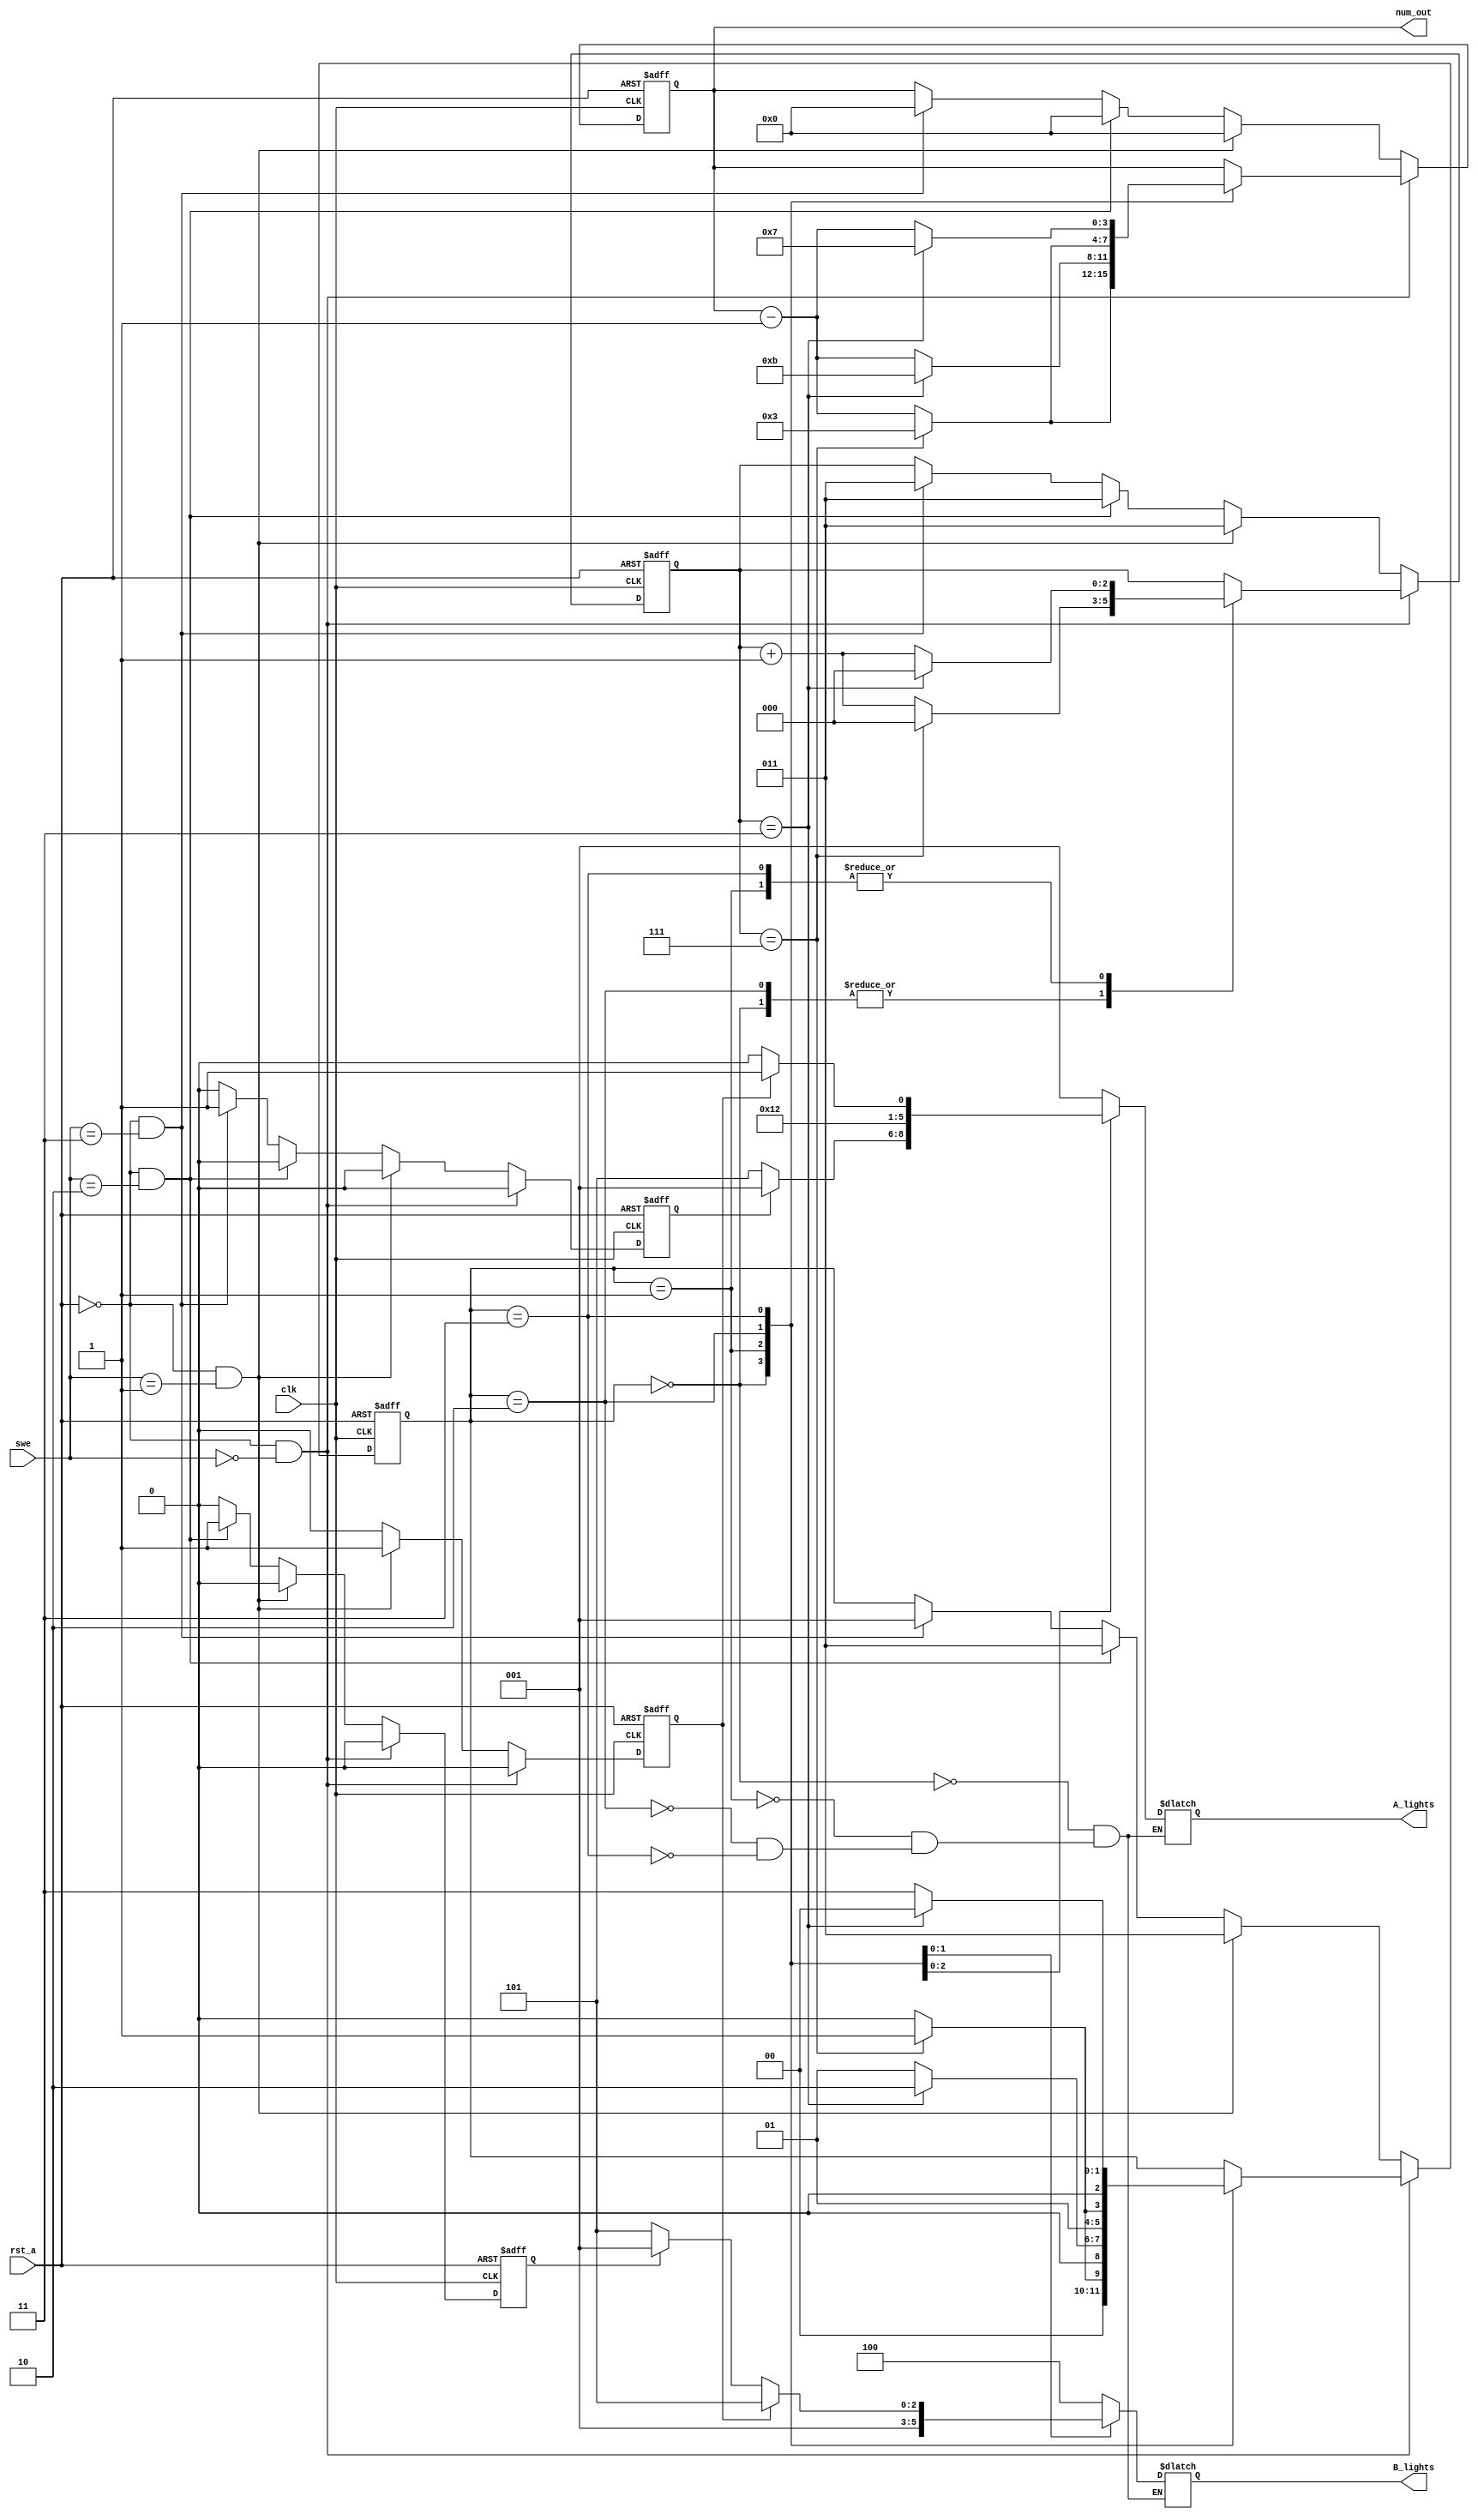
module traffic_control(A_lights,B_lights,clk,rst_a,num_out,swe);
   
   input [1:0] swe;
   output reg [3:0] num_out;
   output reg [2:0] A_lights,B_lights; 
   input      clk;
   input      rst_a;
   reg [2:0] state;
   reg check0=0,check1=0,check2 = 0;
 
   parameter [1:0] One=2'b00;
   parameter [1:0] Two=2'b01;
   parameter [1:0] Three=2'b10;
   parameter [1:0] Four=2'b11;
   //reg clk_d;

   reg [2:0] count;
   
   //wire clk_out;
   
   //clockDiv clockDiv(clk,clk_out); //uncomment this line to test on FPGA. It scale the 125 MHz clk down to 1 Hz clk_out
   
   always @(posedge clk, posedge rst_a) //CHANGE: clk: testbench; clk_out: FPGA testing
     begin
     check0 = 0;
     check1 = 0;
     check2 = 0;
        if (rst_a)
            begin
                state=One;
                count =3'b000;
                num_out = 4'd7;
            end
        else if (!rst_a && swe == 2'b00)
            begin
                case (state)
                One :
                    begin
                        if (count==3'b111)
                            begin
                            count=3'b000;
                            num_out = 4'd3;
                            state=Two;
                            end
                        else
                            begin
                            count=count+3'b001;
                            num_out = num_out - 4'd1;
                            state=One;
                            end
                    end

                Two :
                    begin
                        if (count==3'b011)
                            begin
                            count=3'b000;
                            num_out = 4'd11;
                            state=Three;
                            end
                        else
                            begin
                            count=count+3'b001;
                            num_out = num_out - 4'd1;
                            state=Two;
                        end
                    end

               Three :
                    begin
                        if (count==3'b111)
                            begin
                            count=3'b0;
                            num_out = 4'd3;
                            state=Four;
                            end
                        else
                            begin
                            count=count+3'b001;
                            num_out = num_out - 1'd1;
                            state=Three;
                        end
                    end

            Four :
                begin
                    if (count==3'b011)
                        begin
                        count=3'b0;
                        num_out = 4'd7;
                        state=One;
                        end
                    else
                        begin
                        count=count+3'b001;
                        num_out = num_out - 1;
                        state=Four;
                        end
                    end
            endcase
        end
        else if (!rst_a && swe == 2'b01)
        begin
        check0 = 1;
        state=Four;
        count =3'b011;
        num_out = 4'd0;
        end
        else if (!rst_a && swe == 2'b10)
        begin
        check1 = 1;
        state=Four;
        count =3'b011;
        num_out = 4'd0;
        end
        else if (!rst_a && swe == 2'b11)
        begin
        check2 = 1;
        state=Two;
        count =3'b011;
        num_out = 4'd0;
        end
    end 


always @(state)
     begin
         case (state)
            One :
                begin
                    A_lights = 3'b001;
                    B_lights = 3'b100;
                end

            Two :
                begin
                    if (check2 == 1)
                        begin
                        A_lights = 3'b001;
                        B_lights = 3'b100;
                        end
                    else
                        begin    
                    A_lights = 3'b101;
                    B_lights = 3'b100;
                        end
                end

            Three :
                begin
                    A_lights = 3'b100;
                    B_lights = 3'b001;
                end

            Four :
                begin
                if (check0 == 1)
                    begin
                    A_lights = 3'b101;
                    B_lights = 3'b101;
                    end
                else if (check1 == 1)
                    begin
                    A_lights = 3'b100;
                    B_lights = 3'b001;
                    end
                else
                    begin
                    A_lights = 3'b100;
                    B_lights = 3'b101;
                    end
                end
            endcase
     end
endmodule